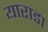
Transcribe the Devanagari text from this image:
याराडा